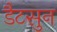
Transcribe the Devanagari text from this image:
डैटसुन